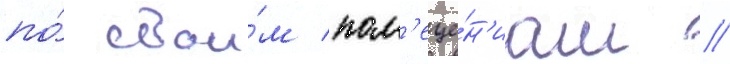
по́ свои́м пом'еще́н'иам //